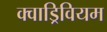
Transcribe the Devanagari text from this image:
क्वाड्रिवियम